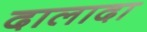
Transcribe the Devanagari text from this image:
दालादा